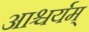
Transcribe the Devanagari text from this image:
आश्चर्यम्